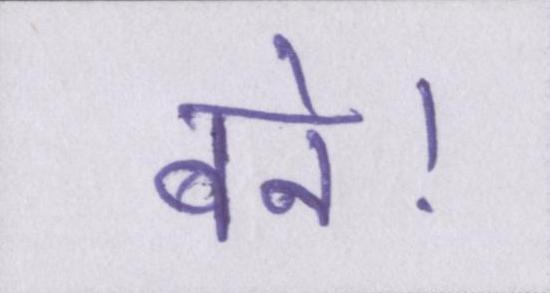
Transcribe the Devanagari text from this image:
बने।